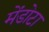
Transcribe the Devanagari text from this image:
मेंडोटा